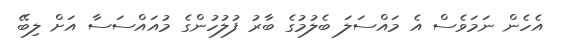
އެހެން ނަމަވެސް އެ މައްސަލަ ބެލުމުގެ ބާރު ފުލުހުންގެ މުއައްސަސާ އަށް ލިބޭ